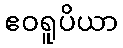
ဧဝရူပိယာ